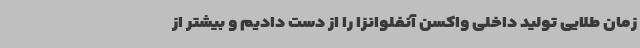
زمان طلایی تولید داخلی واکسن آنفلوانزا را از دست دادیم و بیشتر از